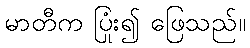
မာတီက ပြုံး၍ ဖြေသည်။